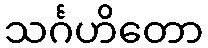
သင်္ဂဟိတော